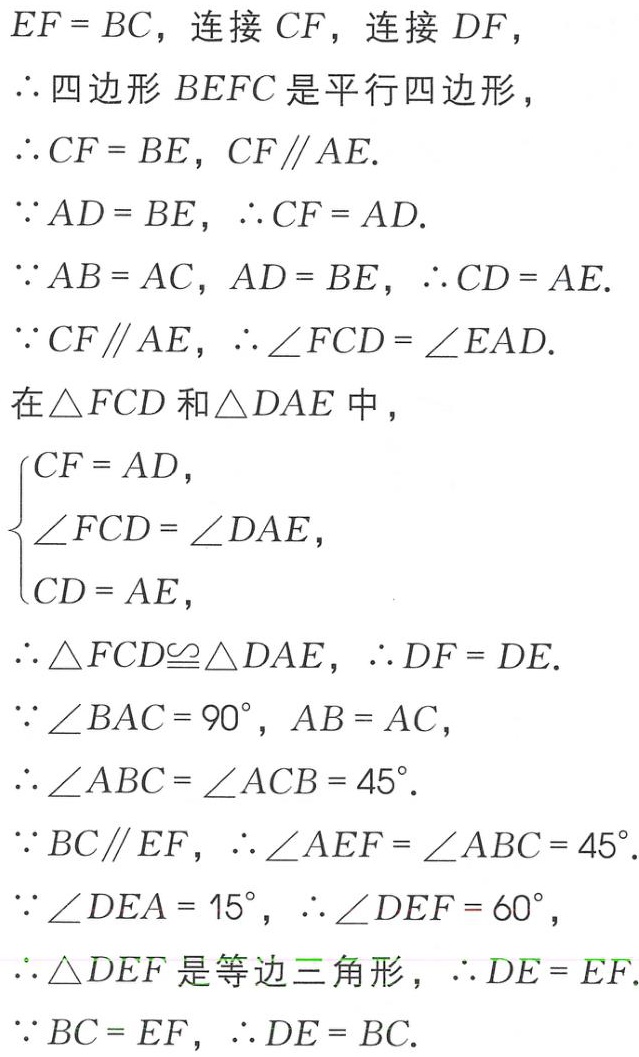
$EF = BC$，连接 $CF$，连接 $DF$，
$\therefore$ 四边形 $BEFC$ 是平行四边形，
$\therefore CF = BE$，$CF\parallel AE$.
$\because AD = BE$，$\therefore CF = AD$.
$\because AB = AC$，$AD = BE$，$\therefore CD = AE$.
$\because CF\parallel AE$，$\therefore \angle FCD = \angle EAD$.
在 $\triangle FCD$ 和 $\triangle DAE$ 中，
$\begin{cases}
CF = AD,\\
\angle FCD = \angle DAE,\\
CD = AE,
\end{cases}$
$\therefore \triangle FCD\cong\triangle DAE$，$\therefore DF = DE$.
$\because \angle BAC = 90^{\circ}$，$AB = AC$，
$\therefore \angle ABC = \angle ACB = 45^{\circ}$.
$\because BC\parallel EF$，$\therefore \angle AEF = \angle ABC = 45^{\circ}$.
$\because \angle DEA = 15^{\circ}$，$\therefore \angle DEF = 60^{\circ}$，
$\therefore \triangle DEF$ 是等边三角形，$\therefore DE = EF$.
$\because BC = EF$，$\therefore DE = BC$.